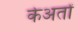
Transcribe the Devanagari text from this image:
केअतों